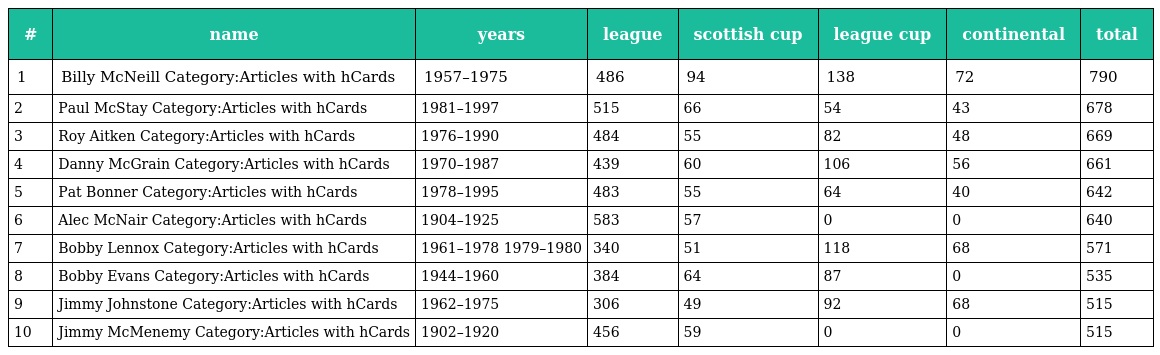
| # | name | years | league | scottish cup | league cup | continental | total |
 | --- | --- | --- | --- | --- | --- | --- | --- |
 | 1 | Billy McNeill Category:Articles with hCards | 1957–1975 | 486 | 94 | 138 | 72 | 790 |
 | 2 | Paul McStay Category:Articles with hCards | 1981–1997 | 515 | 66 | 54 | 43 | 678 |
 | 3 | Roy Aitken Category:Articles with hCards | 1976–1990 | 484 | 55 | 82 | 48 | 669 |
 | 4 | Danny McGrain Category:Articles with hCards | 1970–1987 | 439 | 60 | 106 | 56 | 661 |
 | 5 | Pat Bonner Category:Articles with hCards | 1978–1995 | 483 | 55 | 64 | 40 | 642 |
 | 6 | Alec McNair Category:Articles with hCards | 1904–1925 | 583 | 57 | 0 | 0 | 640 |
 | 7 | Bobby Lennox Category:Articles with hCards | 1961–1978 1979–1980 | 340 | 51 | 118 | 68 | 571 |
 | 8 | Bobby Evans Category:Articles with hCards | 1944–1960 | 384 | 64 | 87 | 0 | 535 |
 | 9 | Jimmy Johnstone Category:Articles with hCards | 1962–1975 | 306 | 49 | 92 | 68 | 515 |
 | 10 | Jimmy McMenemy Category:Articles with hCards | 1902–1920 | 456 | 59 | 0 | 0 | 515 |